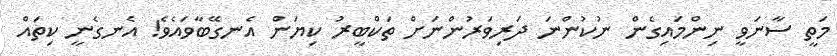
މަތީ ސާނަވީ ނިންމައިގެން ނުކުންނަ ދަރިވަރުންނަށް ތަކްބީރު ކިޔަން އެނގޭބާވައެވެ! އެނގެނީ ކިތައް